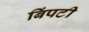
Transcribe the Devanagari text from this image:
बिंपटी